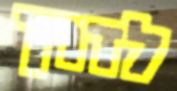
לדרך